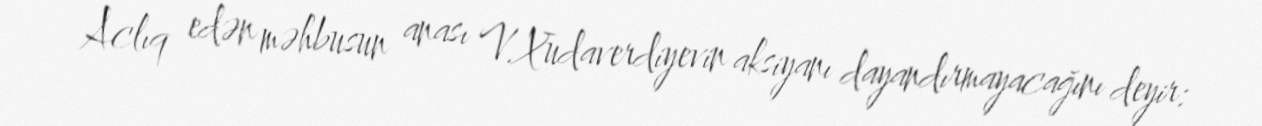
Aclıq edən məhbusun anası V.Xudaverdiyevin aksiyanı dayandırmayacağını deyir: